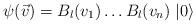
LaTeX: \begin{align*}\psi(\vec{v})=B_{l}(v_1)\ldots B_{l}(v_n)\;|0\rangle\end{align*}